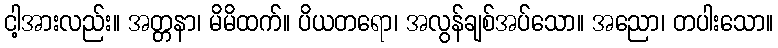
ငါ့အားလည်း။ အတ္တနာ၊ မိမိထက်။ ပိယတရော၊ အလွန်ချစ်အပ်သော။ အညော၊ တပါးသော။